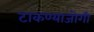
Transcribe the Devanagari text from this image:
टाकण्याजोगी